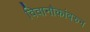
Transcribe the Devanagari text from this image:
विवानौकांवरुन